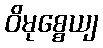
ဝိမုစ္စေယျ